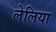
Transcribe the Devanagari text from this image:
लेलिया